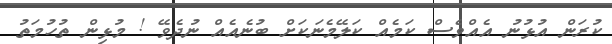
ކުރަން އުޅުނު އެއްވެސް ކަމެއް ކަލޭމެނަކަށް ބުނެއެއް ނުދެވޭ ! މުޅިން ތުހުމަތު